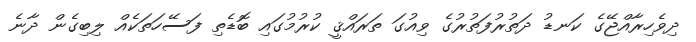
ދިވެހިރާއްޖޭގެ ކަނޑު ދަތުރުފަތުރުގެ ވިއުގަ ތަރައްޤީ ކުރުމުގައި ބޮޑެތި ފަސޭހަތަކެއް ލިބިގެން ދާނެ